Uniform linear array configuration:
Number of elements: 24
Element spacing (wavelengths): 0.5
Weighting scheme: hamming
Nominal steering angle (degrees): -60
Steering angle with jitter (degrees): -60.92
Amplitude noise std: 0.05
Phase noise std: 0.05

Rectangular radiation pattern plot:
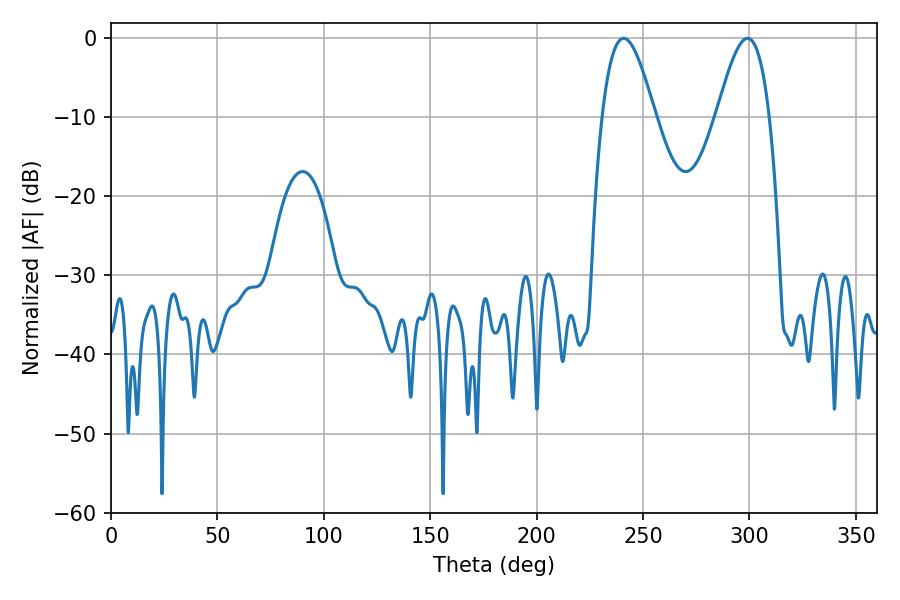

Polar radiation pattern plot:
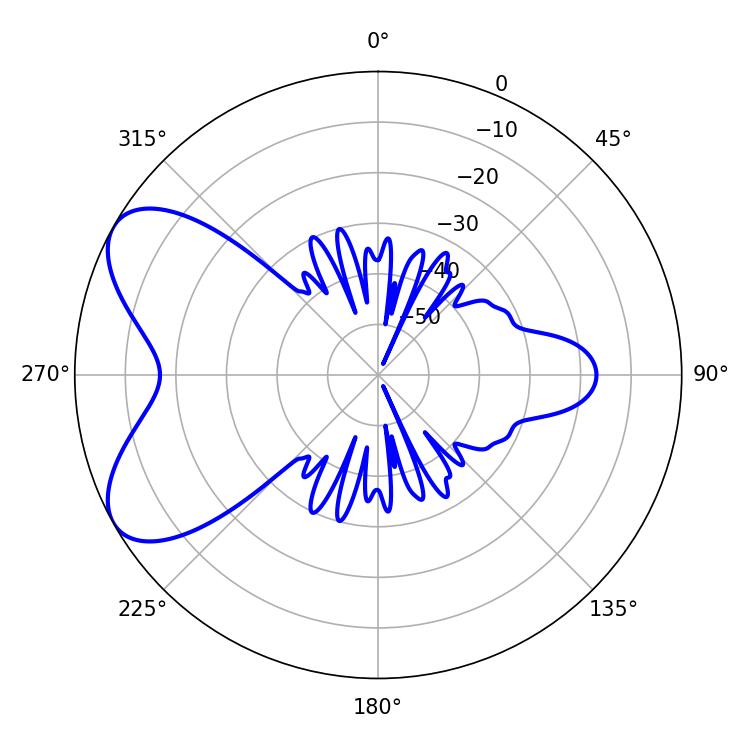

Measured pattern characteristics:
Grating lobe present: FALSE
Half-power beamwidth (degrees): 13.32
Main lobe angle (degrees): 240.84